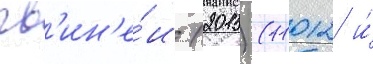
гв'ин'е́и (2015) (11012 и́